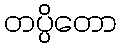
တပ္ပိတော